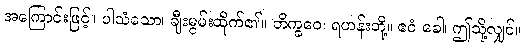
အကြောင်းဖြင့်။ ပါသံသော၊ ချီးမွမ်းထိုက်၏။ ဘိက္ခဝေ၊ ရဟန်းတို့။ ဧဝံ ခေါ၊ ဤသို့လျှင်။